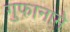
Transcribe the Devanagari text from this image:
गुफानामे